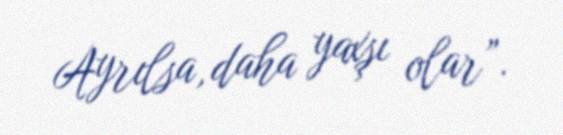
Ayrılsa, daha yaxşı olar”.